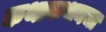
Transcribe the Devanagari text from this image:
कथाकथनचा